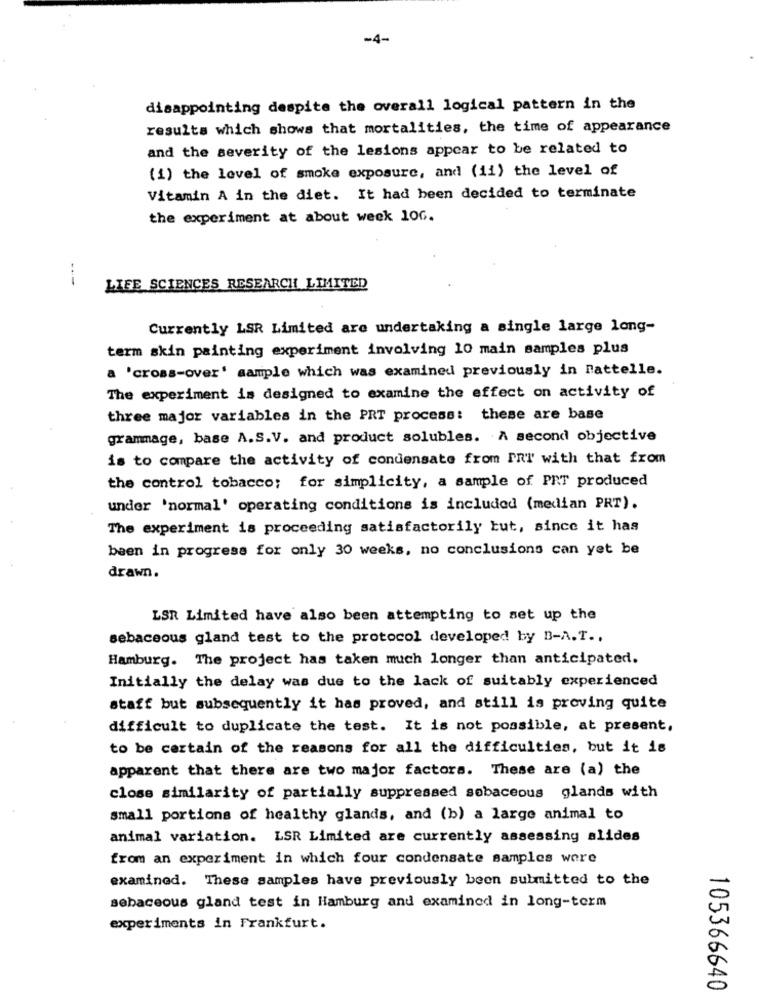
-4-
disappointing despite the overall logical pattern in the
results which shows that mortalities, the time of appearance
and the severity of the lesions appear to be related to
(1) the level of smoke exposure, and (ii) the level of
Vitamin A in the diet. It had been decided to terminate
the experiment at about week 106.
---
LIFE SCIENCES RESEARCH LIMITED
Currently LSR Limited are undertaking a single large long-
term skin painting experiment involving 10 main samples plus
a 'cross-over' sample which was examined previously in Tattelle.
The experiment is designed to examine the effect on activity of
three major variables in the PRT process: these are base
grammage, base A.S.V. and product solubles. A second objective
is to compare the activity of condensate from PRT with that from
the control tobacco; for simplicity, a sample of PRT produced
under 'normal' operating conditions is included (median PRT).
The experiment is proceeding satisfactorily but, since it has
been in progress for only 30 weeks, no conclusions can yet be
drawn.
LSR Limited have also been attempting to set up the
sebaceous gland test to the protocol developed by B-A.T ..
Hamburg. The project has taken much longer than anticipated.
Initially the delay was due to the lack of suitably experienced
staff but subsequently it has proved, and still is proving quite
difficult to duplicate the test. It is not possible, at present,
to be certain of the reasons for all the difficulties, but it is
apparent that there are two major factors. These are (a) the
close similarity of partially suppressed sobaceous glands with
small portions of healthy glands, and (b) a large animal to
animal variation. LSR Limited are currently assessing alides
from an experiment in which four condensate samples were
examined. These samples have previously been submitted to the
sebaceous gland test in Hamburg and examined in long-term
experiments in Frankfurt.
105366640